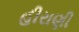
હીરાણી